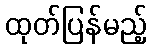
ထုတ်ပြန်မည့်